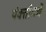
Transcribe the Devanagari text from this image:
पंक्तीमधे